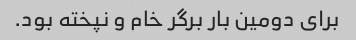
برای دومین بار برگر خام و نپخته بود.